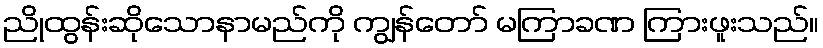
ညိုထွန်းဆိုသောနာမည်ကို ကျွန်တော် မကြာခဏ ကြားဖူးသည်။